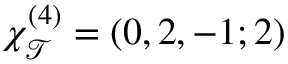
\chi _ { \mathcal { T } } ^ { ( 4 ) } = ( 0 , 2 , - 1 ; 2 )